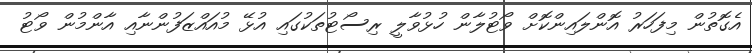
އެގޮތުން މިފަހަރު އޮންލައިންކޮށް ވޯޓުލާން ހުޅުވާލީ ރިސޯޓުތަކުގައި އުޅޭ މުއައްޒަފުންނާއި އާންމުން ވޯޓު